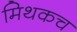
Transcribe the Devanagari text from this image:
मिथकच